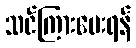
သင်ကြားပေးရန်